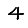
Digit: 4